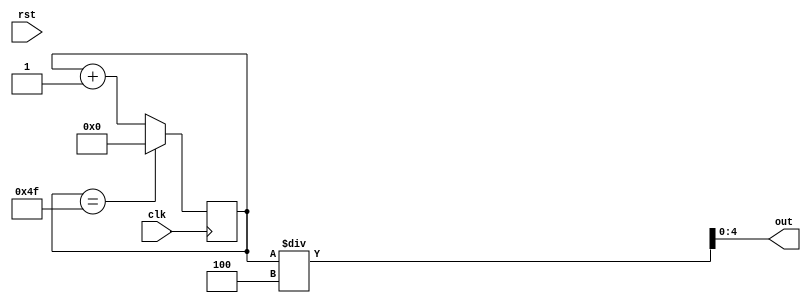
/*
   This file was generated automatically by the Mojo IDE version B1.3.5.
   Do not edit this file directly. Instead edit the original Lucid source.
   This is a temporary file and any changes made to it will be destroyed.
*/

module wallcounter_6 (
    input clk,
    input rst,
    output reg [4:0] out
  );
  
  
  
  reg [6:0] M_wallcounter_d, M_wallcounter_q = 1'h0;
  
  always @* begin
    M_wallcounter_d = M_wallcounter_q;
    
    if (M_wallcounter_q == 7'h4f) begin
      M_wallcounter_d = 1'h0;
    end else begin
      M_wallcounter_d = M_wallcounter_q + 1'h1;
    end
    out = M_wallcounter_q / 3'h4;
  end
  
  always @(posedge clk) begin
    M_wallcounter_q <= M_wallcounter_d;
  end
  
endmodule